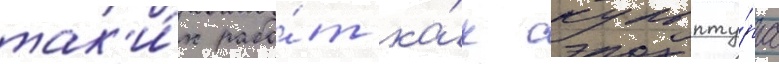
так'и́х рабо́т ка́к скульпту́ра